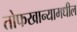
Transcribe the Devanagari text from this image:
तोफखान्यामधील